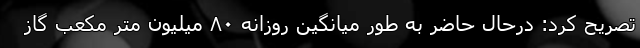
تصریح کرد: درحال حاضر به طور میانگین روزانه ۸۰ میلیون متر مکعب گاز